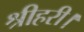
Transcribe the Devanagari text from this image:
श्रीहरी।